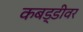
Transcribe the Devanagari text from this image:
कबड्डीवर